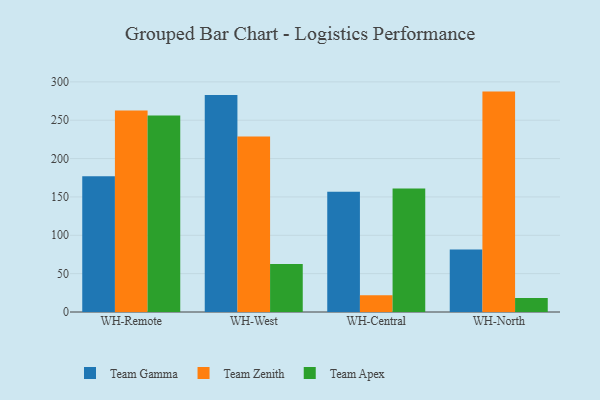
{"axis": {"x": "Warehouse", "y": "Gross Profit (USD K)"}, "legend": ["Team Apex", "Team Gamma", "Team Zenith"], "data": [{"x": "WH-Remote", "y": 176.8, "type": "Team Gamma"}, {"x": "WH-Remote", "y": 262.8, "type": "Team Zenith"}, {"x": "WH-Remote", "y": 256.3, "type": "Team Apex"}, {"x": "WH-West", "y": 283.0, "type": "Team Gamma"}, {"x": "WH-West", "y": 228.8, "type": "Team Zenith"}, {"x": "WH-West", "y": 62.7, "type": "Team Apex"}, {"x": "WH-Central", "y": 156.6, "type": "Team Gamma"}, {"x": "WH-Central", "y": 21.8, "type": "Team Zenith"}, {"x": "WH-Central", "y": 160.9, "type": "Team Apex"}, {"x": "WH-North", "y": 81.5, "type": "Team Gamma"}, {"x": "WH-North", "y": 287.3, "type": "Team Zenith"}, {"x": "WH-North", "y": 18.2, "type": "Team Apex"}]}